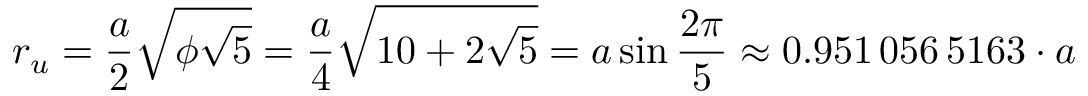
r _ { u } = { \frac { a } { 2 } } { \sqrt { \phi { \sqrt { 5 } } } } = { \frac { a } { 4 } } { \sqrt { 1 0 + 2 { \sqrt { 5 } } } } = a \sin { \frac { 2 \pi } { 5 } } \approx 0 . 9 5 1 \, 0 5 6 \, 5 1 6 3 \cdot a